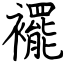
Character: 襬